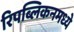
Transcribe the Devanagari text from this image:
रिपब्लिकनमध्ये